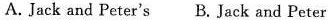
A. Jack and Peter's B. Jack and Peter